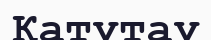
Қатутау